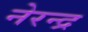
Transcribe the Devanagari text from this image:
नेरन्द्र